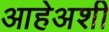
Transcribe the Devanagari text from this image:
आहेअशी